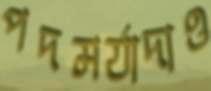
পদমর্যাদাও